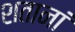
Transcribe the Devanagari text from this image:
शतानां